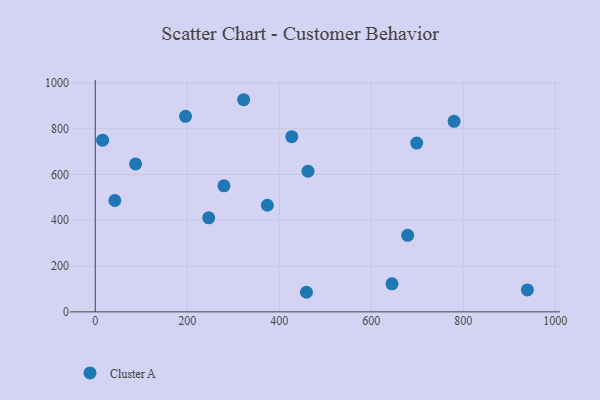
{"axis": {"x": "Engine Size", "y": "Exam Score"}, "legend": ["Cluster A"], "data": [{"x": "462.4", "y": 614.4, "type": "Cluster A"}, {"x": "374.1", "y": 465.6, "type": "Cluster A"}, {"x": "246.6", "y": 410.6, "type": "Cluster A"}, {"x": "679.1", "y": 334.3, "type": "Cluster A"}, {"x": "322.6", "y": 926.4, "type": "Cluster A"}, {"x": "196.2", "y": 854.0, "type": "Cluster A"}, {"x": "42.5", "y": 486.2, "type": "Cluster A"}, {"x": "698.7", "y": 737.1, "type": "Cluster A"}, {"x": "645.0", "y": 122.5, "type": "Cluster A"}, {"x": "459.1", "y": 85.5, "type": "Cluster A"}, {"x": "16.0", "y": 749.7, "type": "Cluster A"}, {"x": "939.3", "y": 95.7, "type": "Cluster A"}, {"x": "780.0", "y": 832.1, "type": "Cluster A"}, {"x": "279.7", "y": 550.2, "type": "Cluster A"}, {"x": "87.6", "y": 646.2, "type": "Cluster A"}, {"x": "427.1", "y": 764.9, "type": "Cluster A"}]}